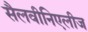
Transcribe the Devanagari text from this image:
सैलवीनिएलीज